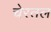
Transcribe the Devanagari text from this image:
चेरतल